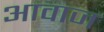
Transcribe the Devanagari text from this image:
अावाज